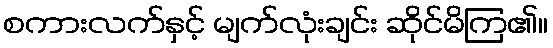
စကားလက်နှင့် မျက်လုံးချင်း ဆိုင်မိကြ၏။